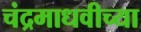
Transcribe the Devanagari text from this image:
चंद्रमाधवीच्या